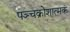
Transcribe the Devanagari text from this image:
पञ्चक्रोशात्मकं